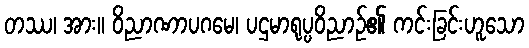
တဿ၊ အား။ ဝိညာဏာပဂမေ၊ ပဌမာရုပ္ပဝိညာဉ်၏ ကင်းခြင်းဟူသော